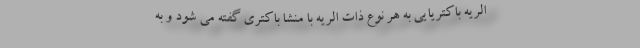
الریه باکتریایی به هر نوع ذات الریه با منشا باکتری گفته می شود و به